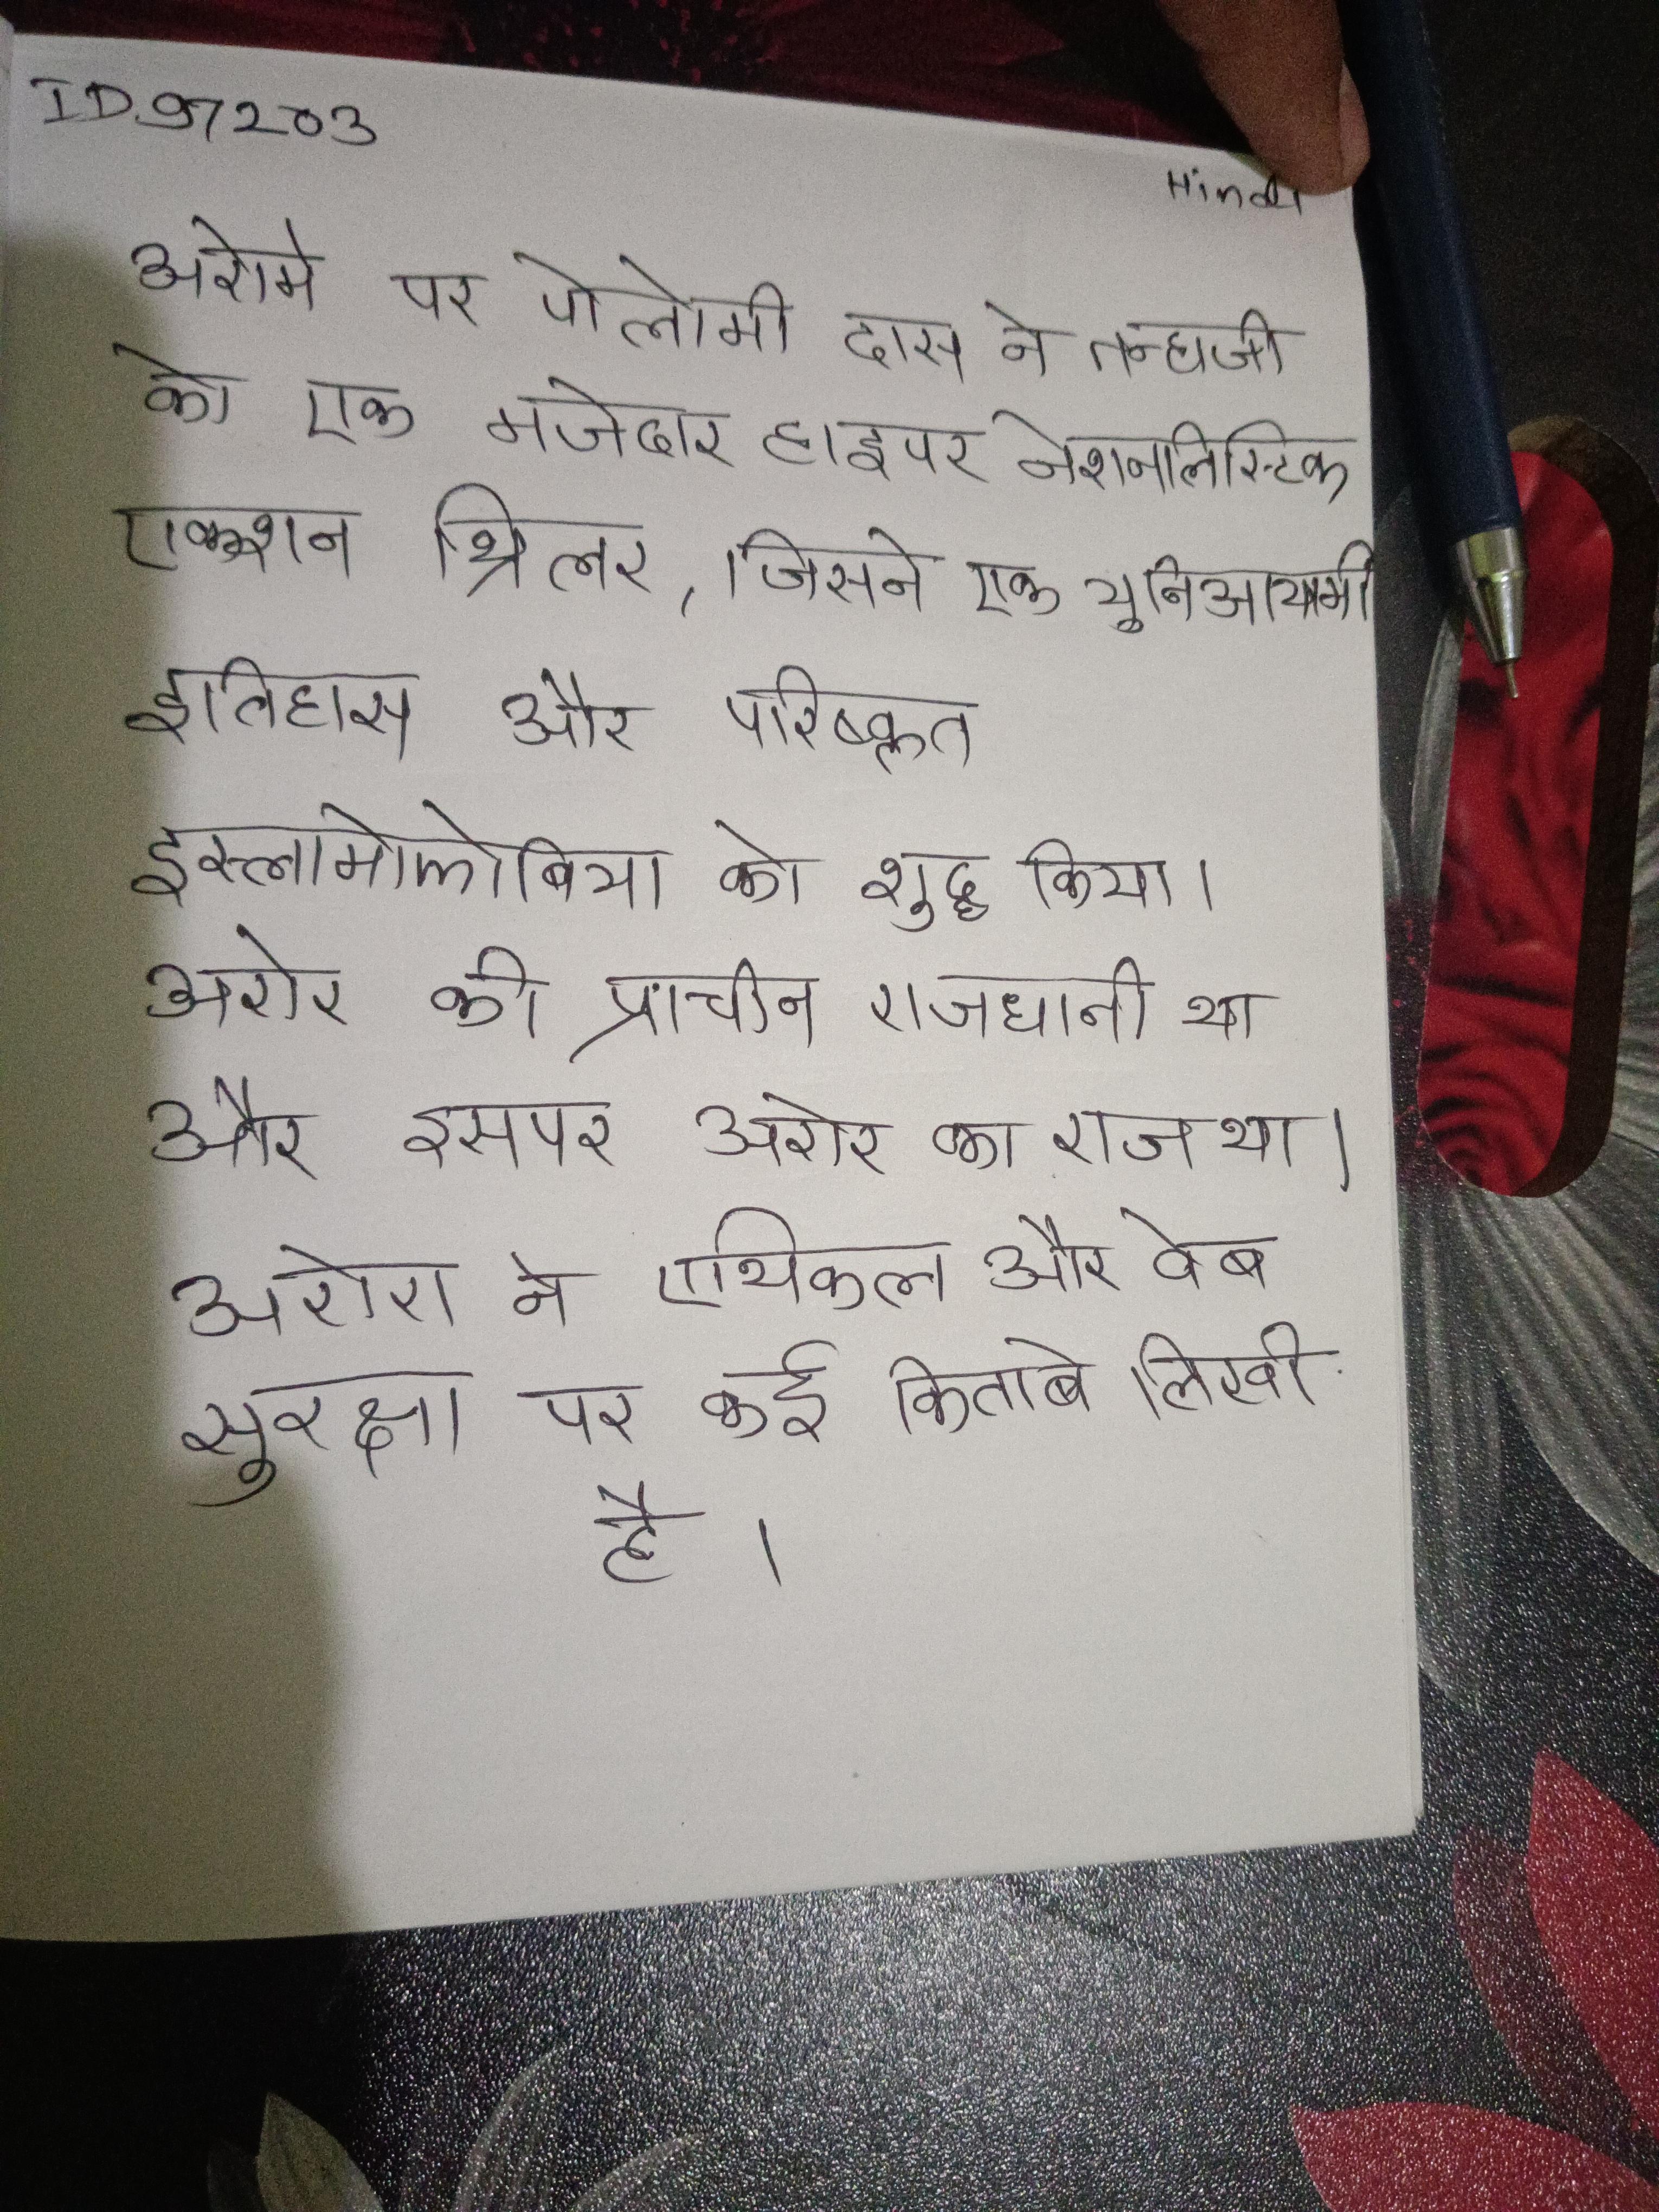
अरोमे पर पोलोमी दास ने तन्हाजी को एक मजेदार हाइपर नेशनलिस्टिक एक्शन थ्रिलर के रूप नोट किया, जिसने एक यूनि-आयामी इतिहास और परिष्कृत इस्लामोफोबिया को शुद्ध किया । अरोर की प्राचीन राजधानी था और इसपर अरोर का राज था । अरोरा ने एथिकल और वेब सुरक्षा पर कई किताबे लिखी है ।